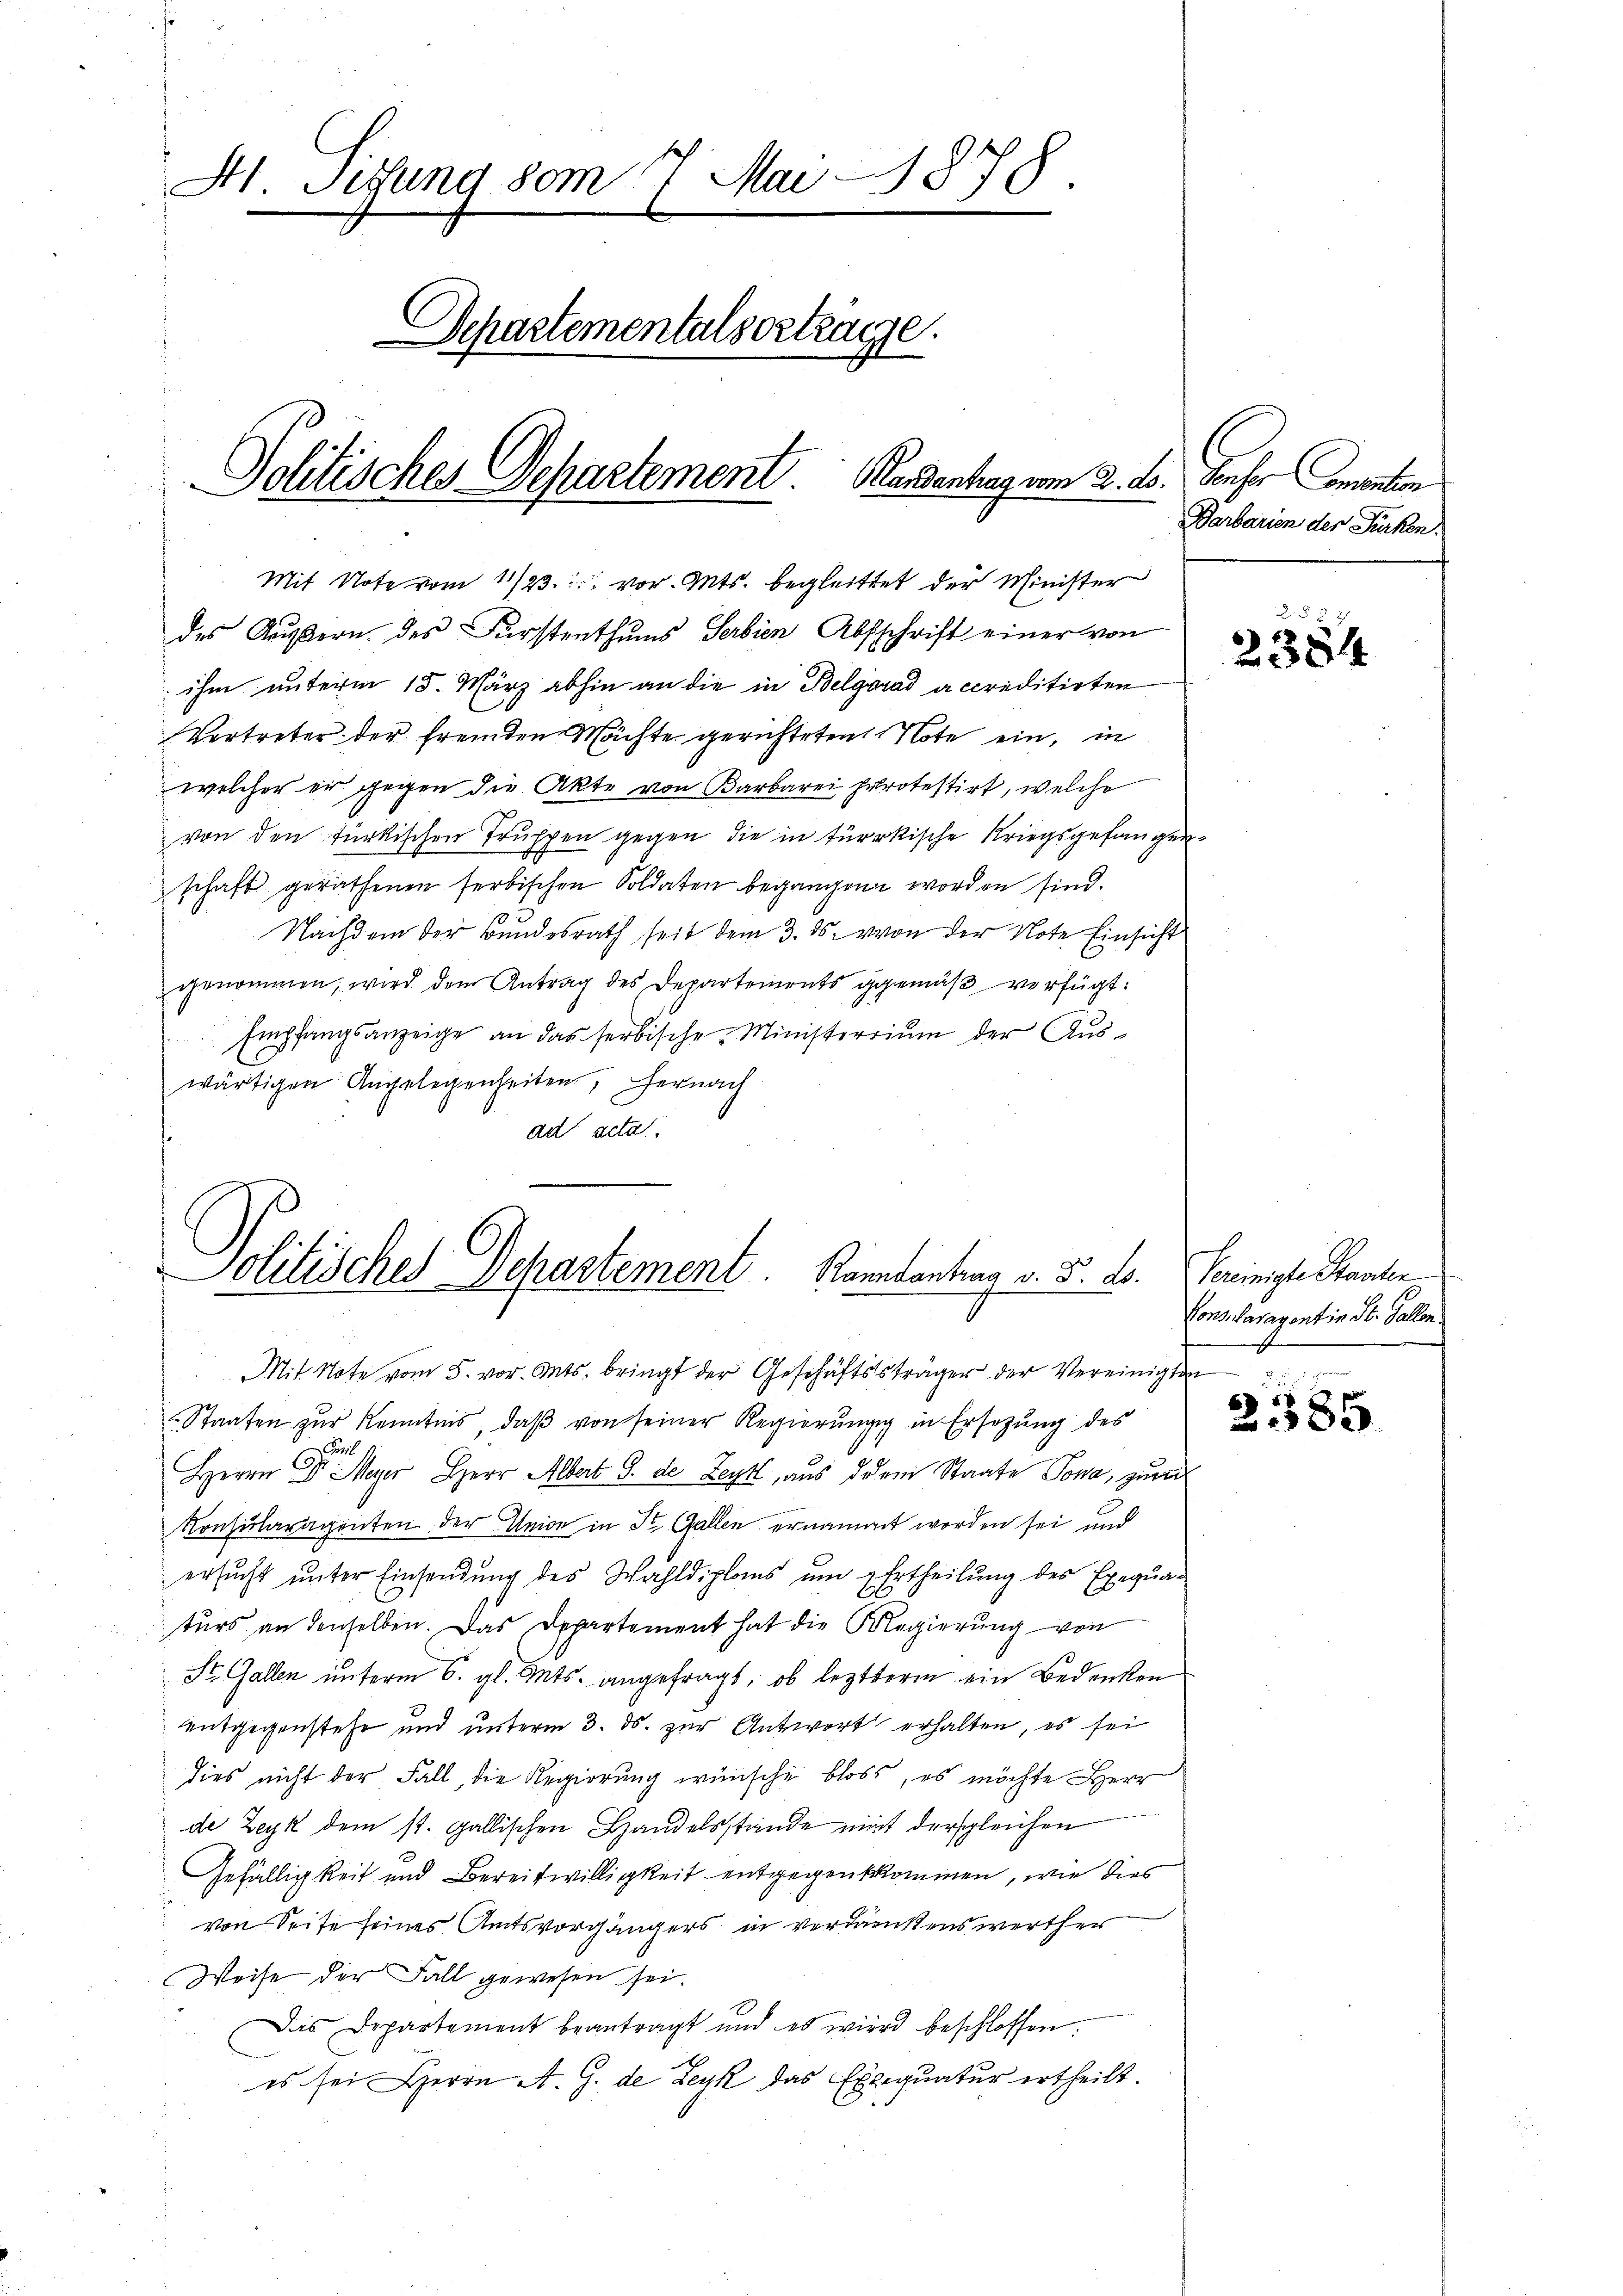
H. Setzung vom 7. Mai 1878.
Schartementalsortrage.
Politisches Departement. Handentrag vom 2. ds. Senser Comention

ihm unterm 15. März abhin an die in Belgrad accreditirten
Vertreter der fremden Mächte gerichteten Note ein, in
welcher er gegen die Akte von Barbarei protestirt, welche
von den türkischen Truppen gegen die in türkische Kriegsgefangenschaft gerathenen serbischen Soldaten begangen worden sind.
Nachdem der Bundesrath seit dem 3. ds. von der Note Einsicht
genommen, wird dem Antrag des Departements gemäß verfügt:
Empfangsanzeige an das serbische Ministerrium der Auswärtigen Angelegenheiten, hernach
ad acta.

Mit Note vom 11/23. vor. Mts. begleittet der Minister
des Äußern des Fürstenthums Serbien Abschrift einer von

Solitisches Dehastement. Randantrag v. 5. d.
Mit Note vom 5. vor. Mts. bringt der Geschäftssträger der Vereinigten

Staaten zŭr Kenntnis, daβ von seiner Regierŭngg in Ersetzŭng des
u
Herrn Dr. Meyer Herr Albert G. de Zeit, aus derei Staate Tona, zurück
Konsularagenten der Weise in St. Gallen ernannet worden sei und
ersucht unter Einsendung des Wahldiplons um Ertheilung des Exequaturs an denselben. Das Departement hat die Regierung von
St. Gallen unterm 6. gl. Mts. angefragt, ob letterm ein Bedenken
entgegenstehe und unterm 3. ds. zur Antwort erhalten, es sei
dies nicht der Fall, die Regierung wünsche bloss, es möchte Herr
de Zeyk dem st. gallischen Handelsstände mit dersgleichen
Gefälligkeit und Bereitwilligkeit entgegenkommen, wie dies
von Seite seines Amtsvorgängers in verdienstenswerther
Weise der Fall gewesen sei.
Das Departement beantragt und es wird beschlossen:
es sei Herrn A. G. de Leyk das Exequatur ertheilt.

Barbarien der Türken.

2
2384

Vereinigte Standten
Konsularagontin St. Gallen.

6) ++
8x